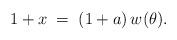
LaTeX: \begin{align*}1+x\;=\;(1+a)\,w(\theta).\end{align*}